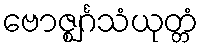
ဗောဇ္ဈင်္ဂသံယုတ္တံ